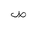
Letter: _sad